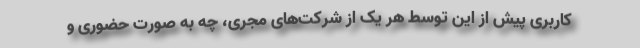
کاربری پیش از این توسط هر یک از شرکت‌های مجری، چه به صورت حضوری و